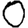
Digit: 0